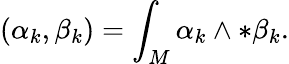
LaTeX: (\alpha_{k},\beta_{k})=\int_{M}\alpha_{k}\wedge*\beta_{k}.